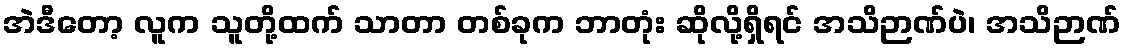
အဲဒီတော့ လူက သူတို့ထက် သာတာ တစ်ခုက ဘာတုံး ဆိုလို့ရှိရင် အသိဉာဏ်ပဲ၊ အသိဉာဏ်